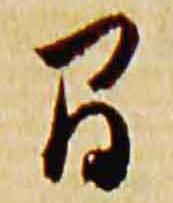
間